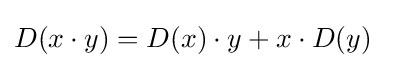
D(x\cdot y)=D(x)\cdot y+x\cdot D(y)\